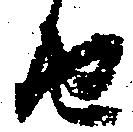
由